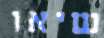
שיאו